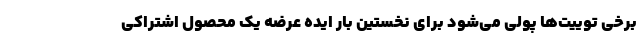
برخی توییت‌ها پولی می‌شود برای نخستین بار ایده عرضه یک محصول اشتراکی